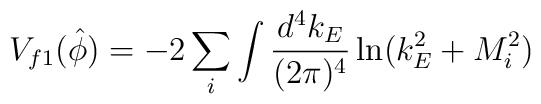
V_{f1}(\hat{\phi})=-2\sum_{i}\int\frac{d^4k_E}{(2\pi)^4}\ln(k^2_E+M^2_i)